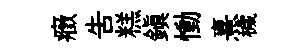
癥告糕鎭慟熹穢